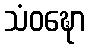
သံဝဍ္ဎော